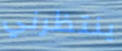
ينتظرني